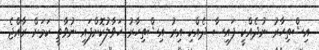
އިޝްތިހާރު ނުދެއްކީ ފައިސާ ދެއްކި އިރު އިޝްތިހާރު ހަވާލުކޮށްފައި ނުވާތީ ކަމަށް ރާއްޖެ